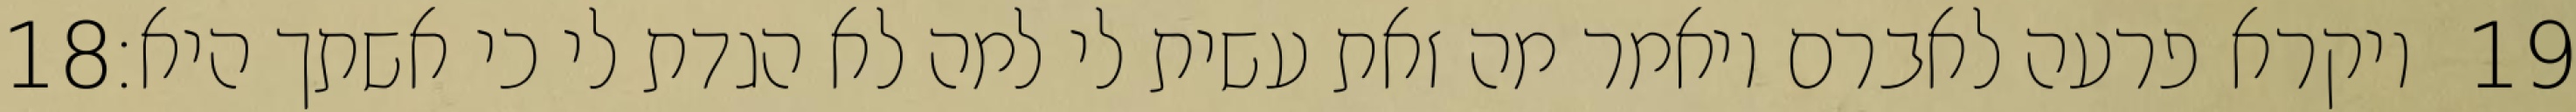
‎18‏ ויקרא פרעה לאברם ויאמר מה זאת עשית לי למה לא הגדת לי כי אשתך היא׃ ‎19‏